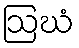
ဩဃံ